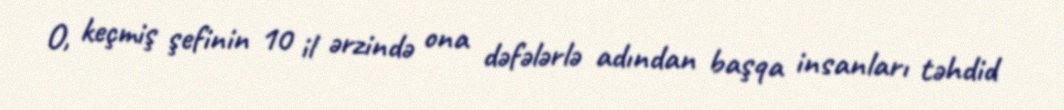
O, keçmiş şefinin 10 il ərzində ona dəfələrlə adından başqa insanları təhdid